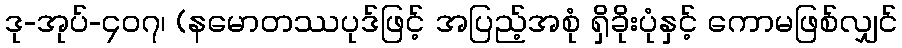
ဒု-အုပ်-၄၀၇၊ (နမောတဿပုဒ်ဖြင့် အပြည့်အစုံ ရှိခိုးပုံနှင့် ကောမဖြစ်လျှင်